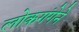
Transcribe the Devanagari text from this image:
लोकगंगेने